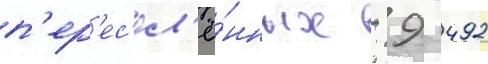
п'ер'ес'ел'ё́нных - 9 492